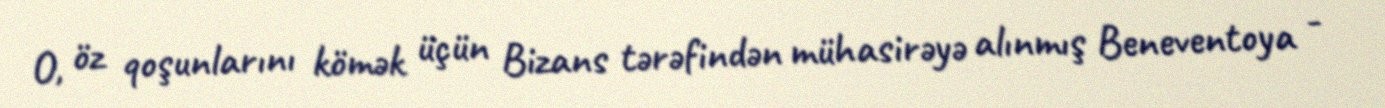
O, öz qoşunlarını kömək üçün Bizans tərəfindən mühasirəyə alınmış Beneventoya -